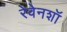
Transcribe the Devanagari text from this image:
रेवेनशॉ